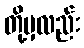
တို့မှလည်း